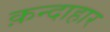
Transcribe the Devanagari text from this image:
क़न्दाहार